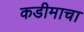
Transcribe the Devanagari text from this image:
कडीमाचा